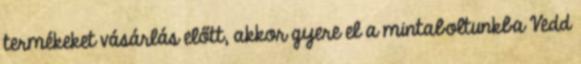
termékeket vásárlás előtt, akkor gyere el a mintaboltunkba Vedd